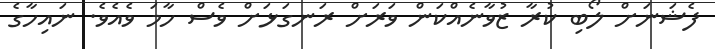
ފެޝަނަށް ލޯބި ކުރާ ޒުވާނެއްކަން ވަރަށް ރަނގަޅަށް ވެސް ހާމަ ވެއެވެ. ނައިހާގެ